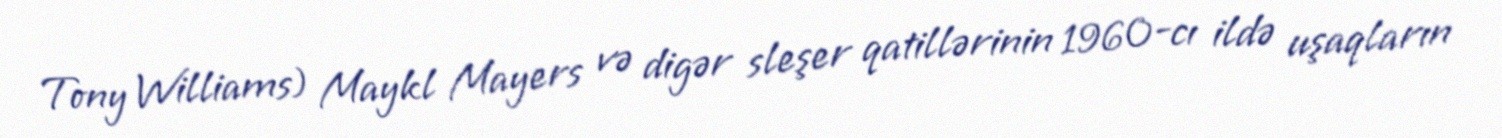
Tony Williams) Maykl Mayers və digər sleşer qatillərinin 1960-cı ildə uşaqların